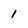
Character: I